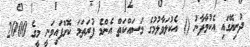
ދުނިޔޭގައި އެކުމާފާނު () އެކުލަވާލުމުގެ މަސައްކަތް އެންމެ ފުރަތަމަ ކޮށްފައިވަނީ މީގެ 2000